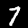
Digit: 7